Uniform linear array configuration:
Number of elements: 24
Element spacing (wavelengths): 0.25
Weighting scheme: blackman
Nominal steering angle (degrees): -15
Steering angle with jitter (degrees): -16.936
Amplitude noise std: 0.05
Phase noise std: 0.05

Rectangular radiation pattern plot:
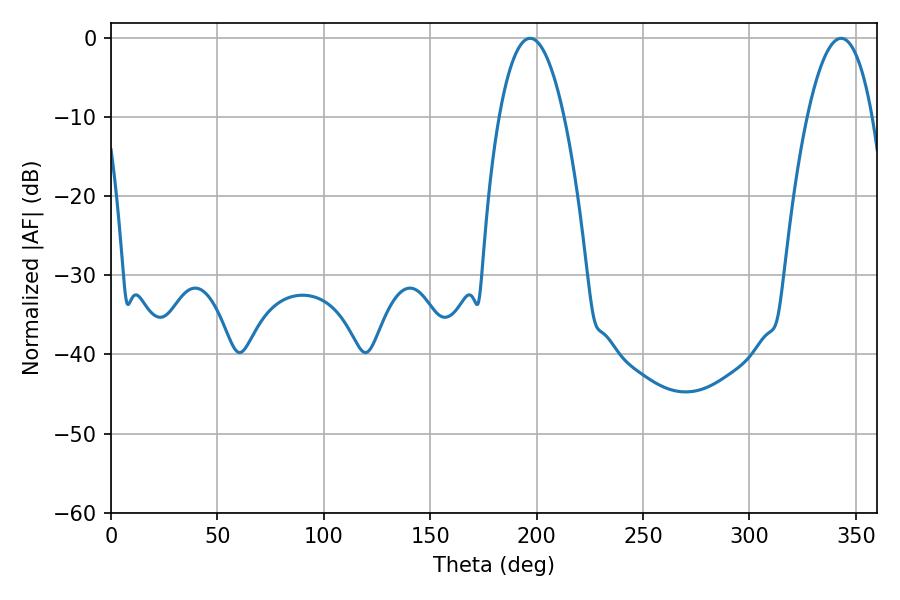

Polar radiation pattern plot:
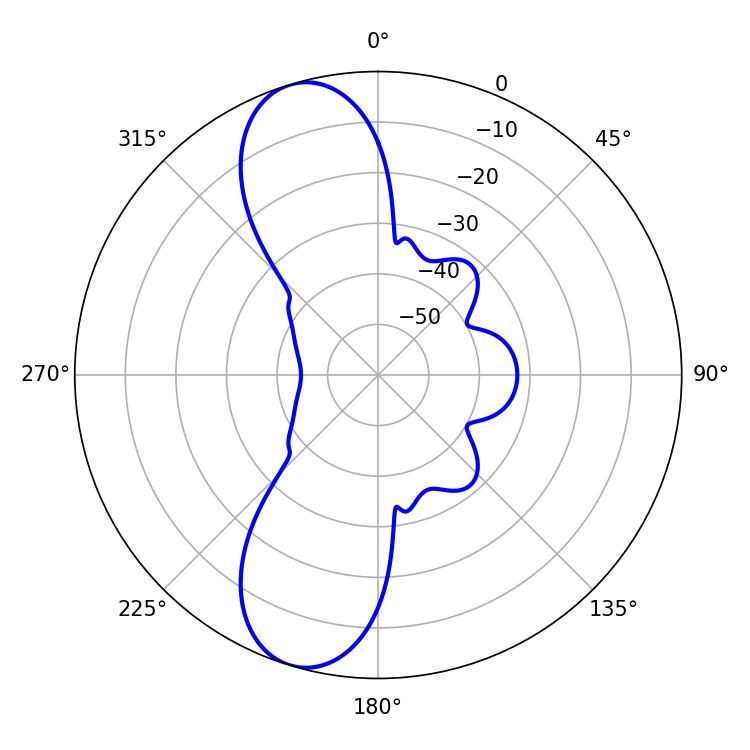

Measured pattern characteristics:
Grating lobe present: FALSE
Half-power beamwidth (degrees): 16.92
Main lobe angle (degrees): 196.92